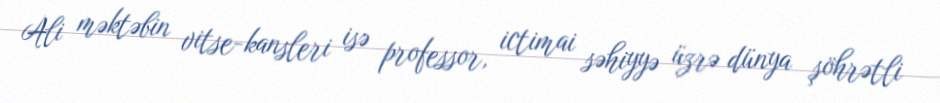
Ali məktəbin vitse-kansleri isə professor, ictimai səhiyyə üzrə dünya şöhrətli